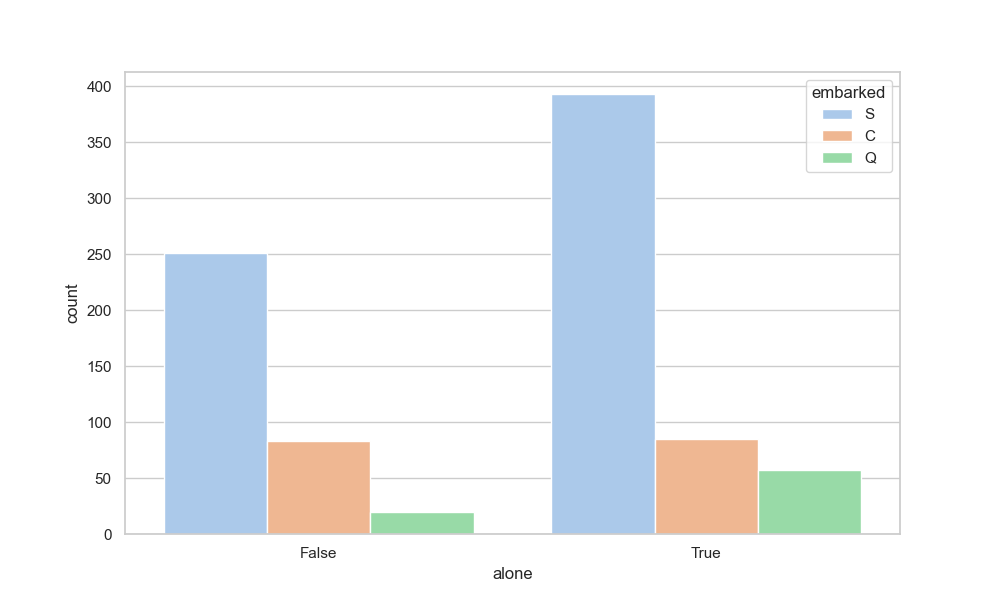
python, seaborn, countplot, x='alone', palette='pastel', hue='embarked'